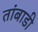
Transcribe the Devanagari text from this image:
तांबाडी